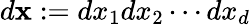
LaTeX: d\mathbf{x}:=dx_{1}dx_{2}\cdots dx_{d}